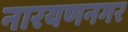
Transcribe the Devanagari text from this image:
नारयणनगर